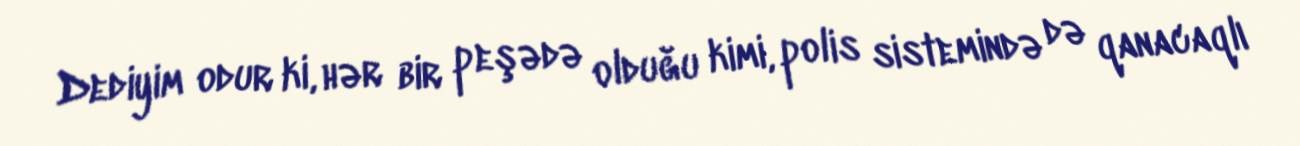
Dediyim odur ki, hər bir peşədə olduğu kimi, polis sistemində də qanacaqlı